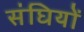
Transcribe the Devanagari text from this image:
संघियों